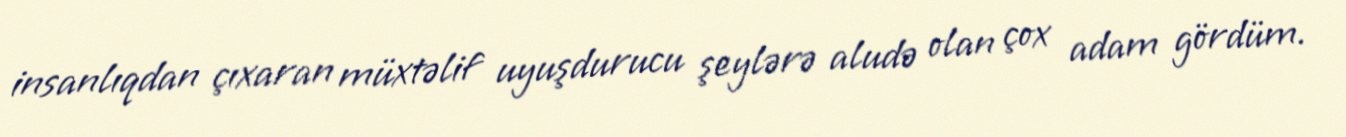
insanlıqdan çıxaran müxtəlif uyuşdurucu şeylərə aludə olan çox adam gördüm.